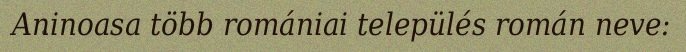
Aninoasa több romániai település román neve: